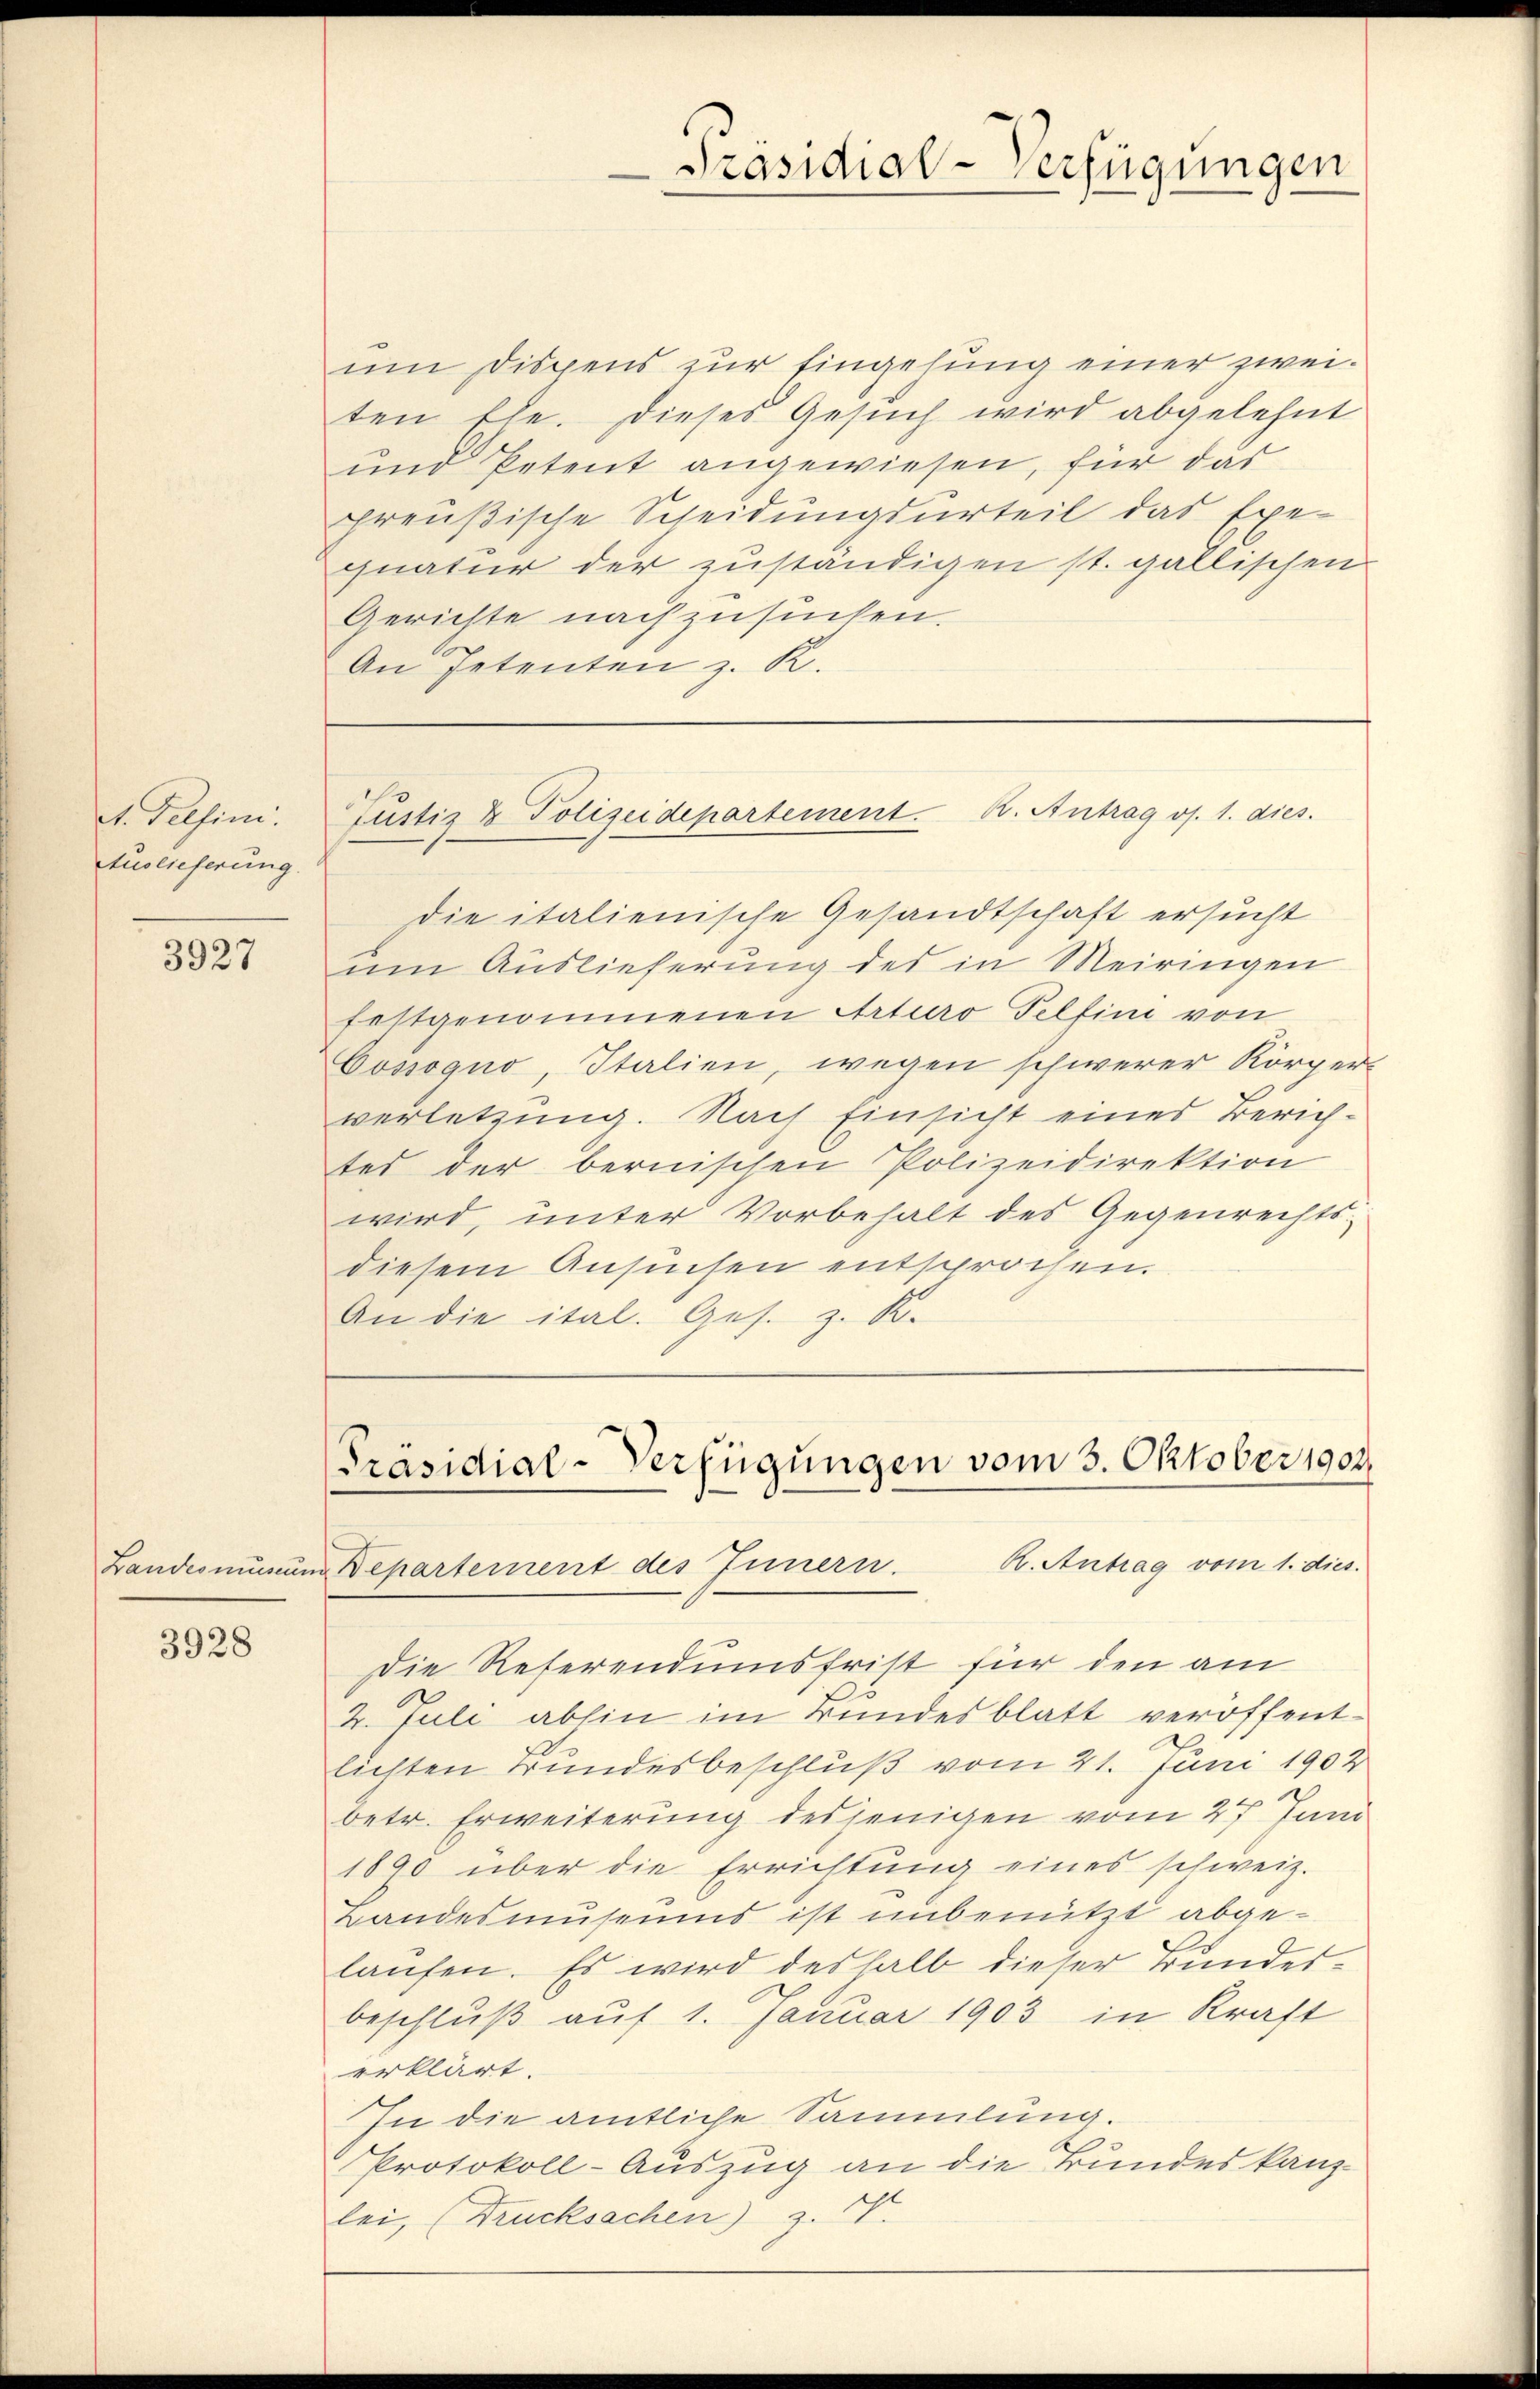
set. Tessin:
Auslieferung.

3927

3928

Präsidial-Verfügungen

um Dispens zur Eingehung einer zweiten Ehe. Dieses Gesuch wird abgelehnt
und Petent angewiesen, für das
preußische Scheidungsurteil das Exe-
quatur der zuständigen st. gallischen
Gerichte nachzusuchen.
An Petenten z. R.

Justiz & Polizeidepartement. K. Antrag os. 1. dies

die italienische Gesandtschaft ersucht
um Auslieferung des in Meiringen
festgenommenen Arturo Telfin von
Cossogno, Italien, wegen schwerer Körper-
verletzung. Nach Einsicht eines Zürichtes der bernischen Polizeidirektion
wird, unter Vorbehalt des Gegenrechts-
diesem Ansuchen entsprochen.
An die ital. Ges. z. K.

Präsidial-Verfügungen vom 3. Oktober 1902.
A. Antrag vom 1. dies.
Landesmunung Departement des Innern.

Die Referendumsfrist für den am
2. Juli abhin im Bundesblatt veröffentlichten Bundesbeschluß vom 21. Juni 1902
betr. Erweiterung desjenigen vom 27. Juni
1890 über die Errichtŭng eines schweiz.
Landesmuseums ist unbenützt abgelaufen. Es wird deshalb dieser Bundesbeschluß auf 1. Januar 1903 in Kraft
erklärt.
In die amtliche Sammlung.
Protokoll-Auszug an die Bundeskanzlei, (Drucksachen) z. Z.